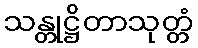
သန္တုဋ္ဌိတာသုတ္တံ